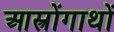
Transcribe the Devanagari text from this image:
आस्त्रोंगाथों